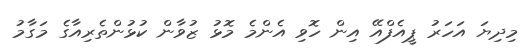
މިދިޔަ އަހަރު ޕީއެފްއޭ އިން ހޮވި އެންމެ މޮޅު ޒުވާން ކުޅުންތެރިއާގެ މަގާމު